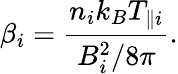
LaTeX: \beta_{i}=\frac{n_{i}k_{B}T_{\parallel i}}{B_{i}^{2}/8\pi}.